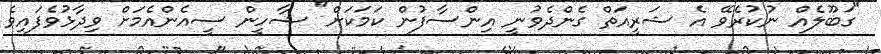
"ގަބޫލެއް ނުކުރެވޭ އެ ޝަރީއަތް ގެންދެވުނީ އިންސާފުން ކަމަކަށް" ޝާހީން ސީއެންއެމަށް ވިދާޅުވެފައިވެ